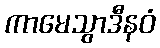
ကာမေသွာဒီနဝံ